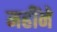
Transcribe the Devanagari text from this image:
महींने